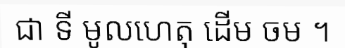
ជា ទី មូលហេតុ ដើម ចម ។